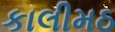
કાલીમઠ